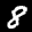
Label: 8